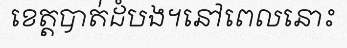
ខេត្តបាត់ដំបង។នៅពេលនោះ